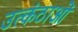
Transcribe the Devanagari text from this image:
उत्कंठाओं